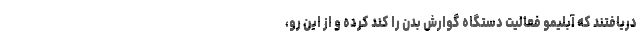
دریافتند که آبلیمو فعالیت دستگاه گوارش بدن را کند کرده و از این رو،